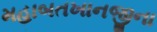
મહાબતખાનજીના